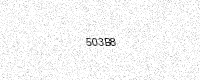
Text: 503B8